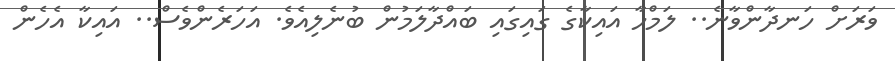
ވަރަށް ހަނދާންވާނެ.. ލަމްހާ އައިކާގެ ގައިގައި ބައްދާލަމުން ބުނެލިއެވެ. އަހަރެންވެސް.. އައިކާ އެހެން